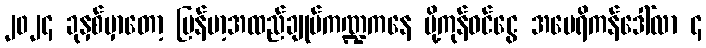
၂၀၂၄ ခုနှစ်မှာတော့ မြန်မာ့အထည်ချုပ်ကဏ္ဍကနေ ပို့ကုန်ဝင်ငွေ အမေရိကန်ဒေါ်လာ ၄